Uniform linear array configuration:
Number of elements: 16
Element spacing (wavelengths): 0.25
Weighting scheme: hann
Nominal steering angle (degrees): -15
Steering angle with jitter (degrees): -13.683
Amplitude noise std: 0.05
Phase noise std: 0.05

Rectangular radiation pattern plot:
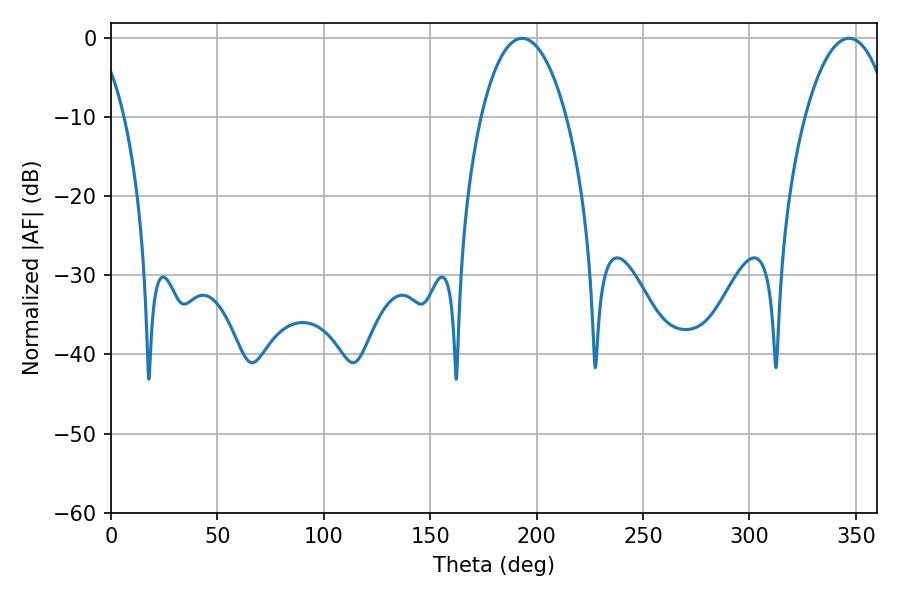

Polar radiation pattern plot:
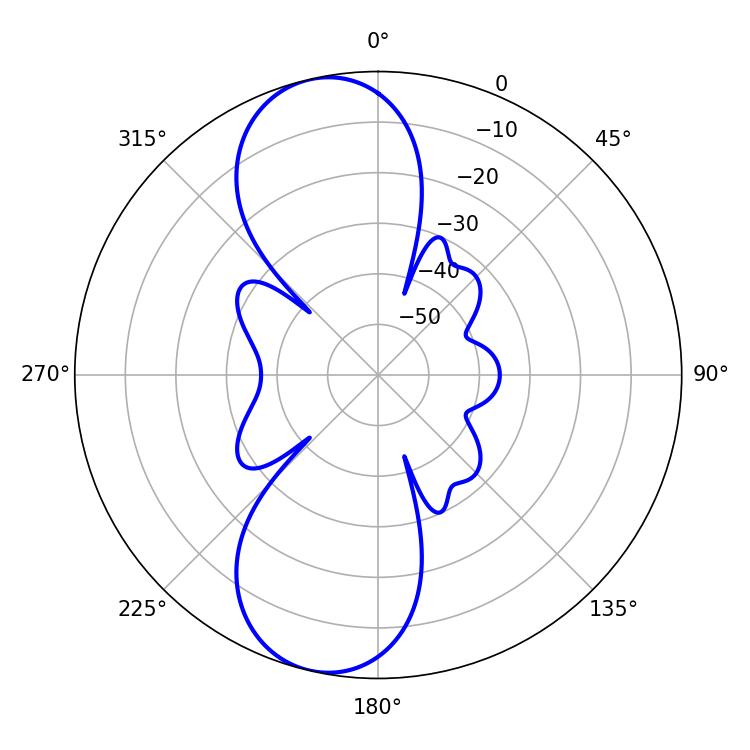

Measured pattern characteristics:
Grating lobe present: FALSE
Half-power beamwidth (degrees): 22.5
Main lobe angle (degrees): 193.14